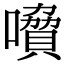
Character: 𡀺